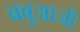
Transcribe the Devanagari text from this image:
बबुआजी